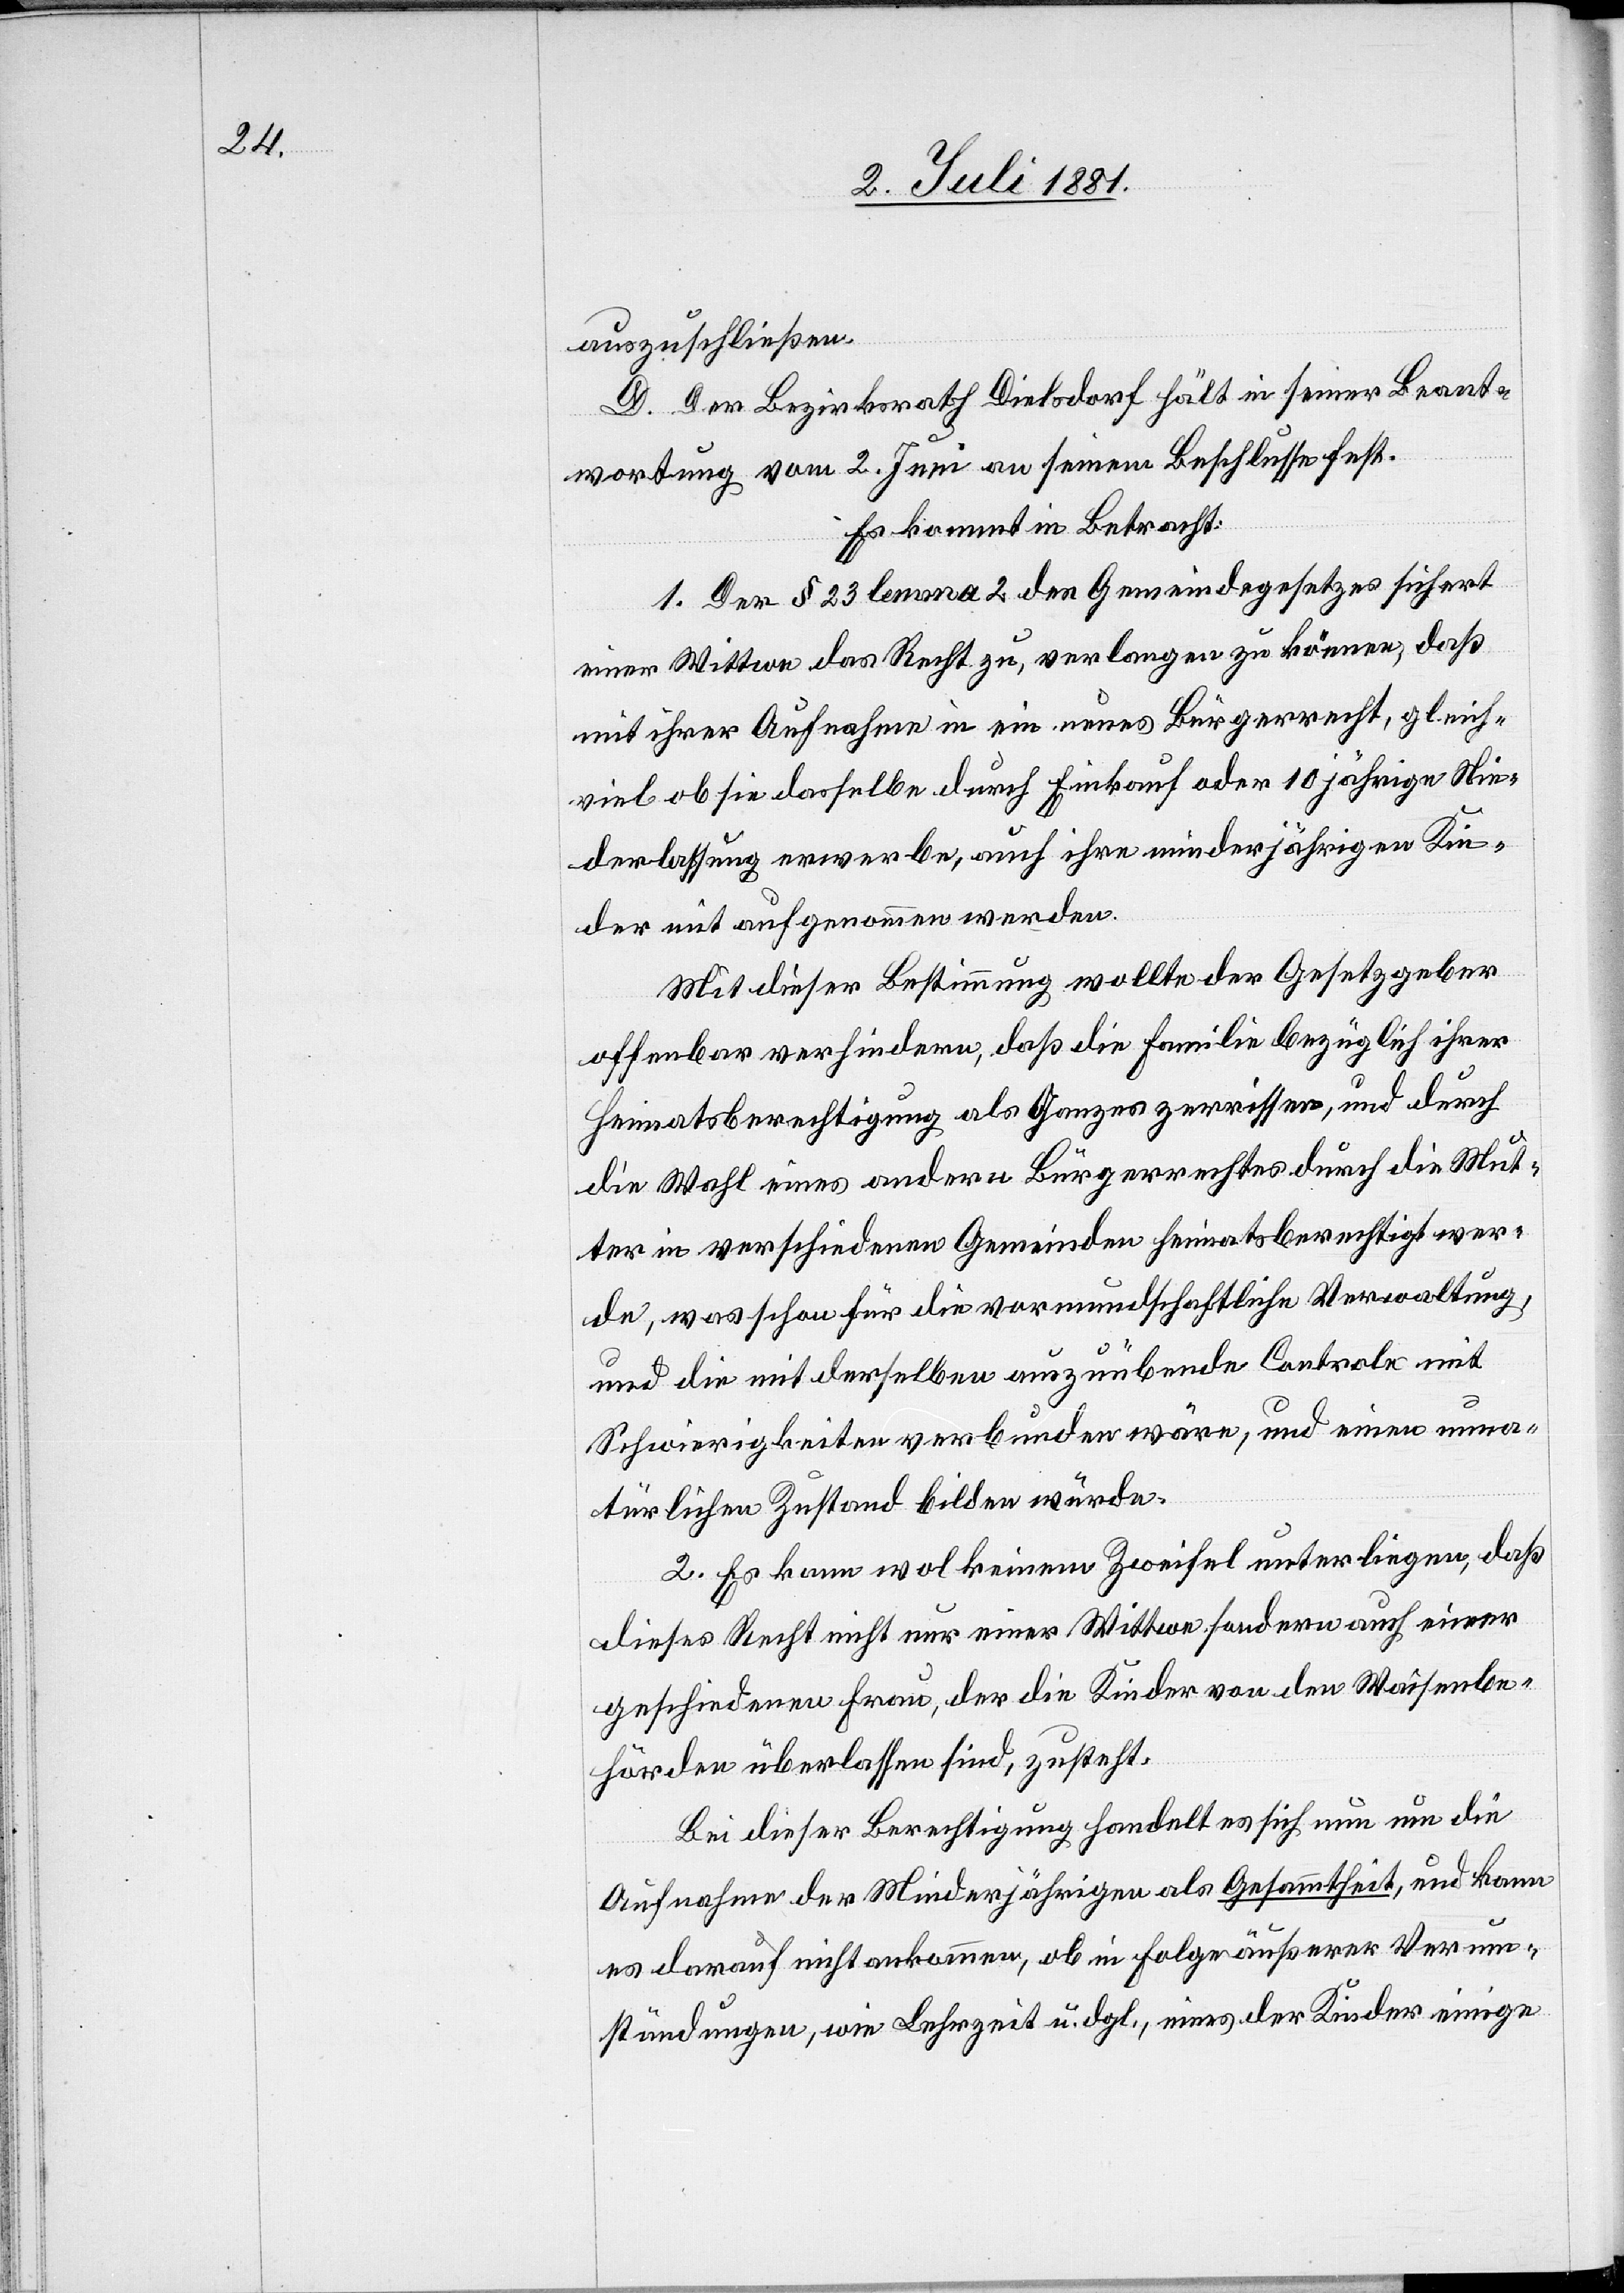
auszuschließen.
D. Der Bezirksrath Dielsdorf hält in seiner Beant¬
wortung vom 2. Juni an seinem Beschlusse fest.
Es kommt in Betracht:
1. Der § 23 lemma 2 des Gemeindegesetzes sichert
einer Wittwe das Recht zu, verlangen zu können, daß
mit ihrer Aufnahme in ein neues Bürgerrecht, gleich¬
viel ob sie dasselbe durch Einkauf oder 10 jährige Nie¬
derlassung erwerbe, auch ihre minderjährigen Kin¬
der mit aufgenommen werden.
Mit dieser Bestimmung wollte der Gesetzgeber
offenbar verhindern, daß die Familie bezüglich ihrer
Heimatsberechtigung als Ganzes zerrissen, und durch
die Wahl eines andern Bürgerrechtes durch die Mut¬
ter in verschiedenen Gemeinden heimatsberechtigt wer¬
de, was schon für die vormundschaftliche Verwaltung
und die mit derselben auszuübende Controle mit
Schwierigkeiten verbunden wäre, und einen unna¬
türlichen Zustand bilden würde.
2. Es kann wol keinem Zweifel unterliegen, daß
dieses Recht nicht nur einer Wittwe sondern auch einer
geschiedenen Frau, der die Kinder von den Waisenbe¬
hörden überlassen sind, zusteht.
Bei dieser Berechtigung handelt es sich neu um die
Aufnahme der Minderjährigen als Gesammtheit, und kann
es darauf nicht ankommen, ob in Folge äußerer Verum¬
ständungen, wie Lehrzeit u. dgl., eines der Kinder einige